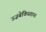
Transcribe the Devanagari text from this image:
उज़बेकिस्तान।